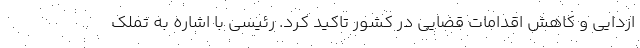
ازدایی و کاهش اقدامات قضایی در کشور تاکید کرد. رئیسی با اشاره به تملک